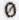
0